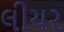
લીયર